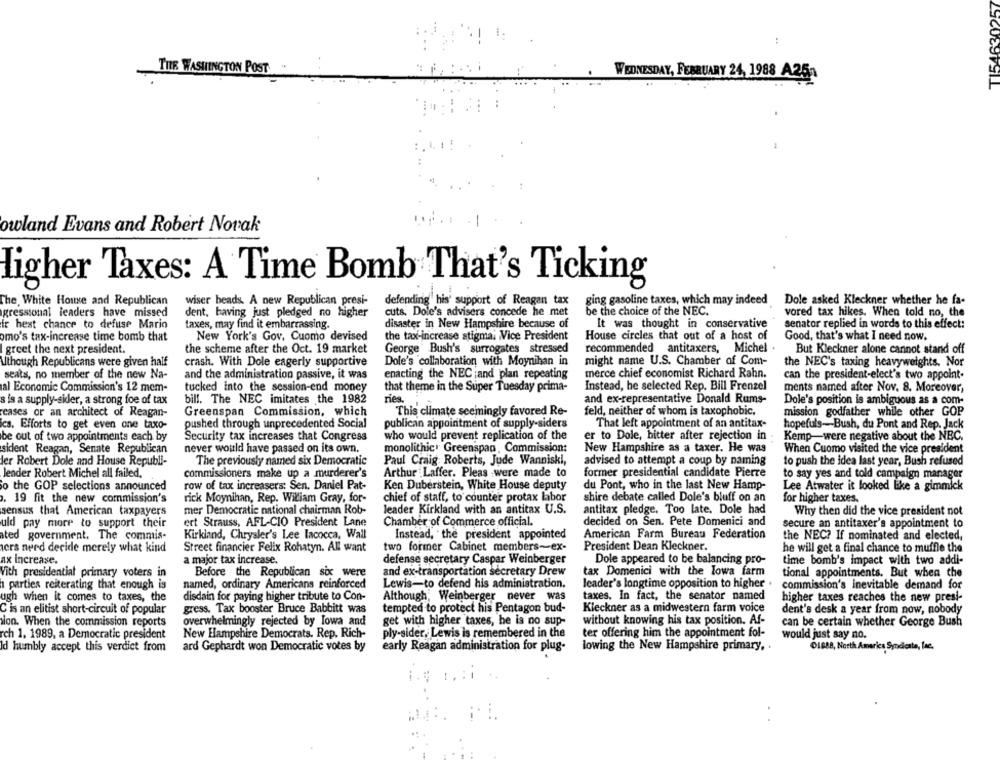
TI54630257
1:
:
THE WASHINGTON POST
WEDNESDAY, FEBRUARY 24, 1988 A25-
owland Evans and Robert Novak
Higher Taxes: A Time Bomb That's Ticking
The White House and Republican
wiser beads. A new Republican presi-
defending his' support of Reagan tax
ging gasoline taxes, which may indeed
Dole asked Kleckner whether he fa-
gressional leaders have missed
dent, having just pledged no higher
cuts. Dole's advisers concede he met
be the choice of the NEC.
vored tax hikes. When told no, the
fr hest chance to defuse Marin
taxes, may find it embarrassing.
disaster in New Hampshire because of
It was thought in conservative
senator replied in words to this effect:
omo's tax-increase time bomb that
New York's Gov. Cuomo devised
the tax-increase stigma. Vice President
House circles that out of a host of
Good, that's what I need now.
I greet the next president.
the scheme after the Oct. 19 market
George Bush's surrogates stressed
recommended antitaxers, Michel
But Kleckner alone cannot stand off
Ithough Republicans were given half
crash. With Dole eagerly supportive
Dole's collaboration with Moynihan in
might name U.S. Chamber of Com-
the NEC's taxing heavyweights. Nor
seats, no member of the new Na-
and the administration passive, it was
merce chief economist Richard Rahn.
can the president-elect's two appoint.
enacting the NEC ;and plan repeating
al Economic Commission's 12 mem-
tucked into the session-end money
that theme in the Super Tuesday prima-
Instead, he selected Rep. Bill Frenzel
ments named after Nov. 8. Moreover,
ries.
s is a supply-sider, a strong foe of tax
bill. The NEC imitates the 1982
and ex-representative Donald Rums-
Dole's position is ambiguous as a com-
cases or an architect of Reagan-
Greenspan Commission, which
This climate seemingly favored Re-
feld, neither of whom is taxophobic,
mission godfather while other GOP
ics. Efforts to get even one taxo-
pushed through unprecedented Social
publican appointment of supply-siders
That left appointment of an antitax-
hopefuls-Bush, du Pont and Rep. Jack
who would prevent replication of the
Kemp-were negative about the NEC.
be out of two appointments each by
Security tax increases that Congress
er to Dole, bitter after rejection in
sident Reagan, Senate Republican
never would have passed on its own.
monolithic Greenspan , Commission:
New Hampshire as a taxer. He was
When Cuomo visited the vice president
Jer Robert Dole and House Republi-
The previously named six Democratic
Paul Craig Roberts, Jude Wanniski,
advised to attempt a coup by naming
to push the idea last year, Bush refused
commissioners make up a murderer's
Arthur Laffer. Pleas were made to
former presidential candidate Pierre
to say yes and told campaign manager
Jender Robert Michel all failed.
o the GOP selections announced
row of tax increasers: Sen, Daniel Pat-
Ken Duberstein, White House deputy
du Pont, who in the last New Hamp-
Lee Atwater it looked like a gimmick
, 19 fit the new commission's
rick Moynihan, Rep. William Gray, for-
chief of staff, to counter protax labor
shire debate called Dole's bluff on an
for higher taxes.
sensus that American taxpayers
mer Democratic national chairman Rob-
leader Kirkland with an antitax U.S.
antitax pledge, Too late. Dole had
Why then did the vice president not
uld pay more to support their
ert Strauss, AFL-CIO President Lane
Chamber of Commerce official.
decided on Sen. Pete Domenici and
secure an antitaxer's appointment to
ated government. The commis-
Kirkland, Chrysler's Lee Iacocca, Wall
Instead, the president appointed
American Farm Bureau Federation
the NEC? If nominated and elected,
ers nerd decide merely what kind
Street financier Felix Rohatyn. All want
two former Cabinet members-ex-
President Dean Kleckner.
he will get a final chance to muffle the
ax increase.
a major tax increase.
defense secretary Caspar Weinberger
Dole appeared to be balancing pro-
time bomb's impact with two addi-
Vith presidential primary voters in
Before the Republican six were
and ex-transportation secretary Drew
tax Domenici with the lowa farm
tional appointments. But when the
parties reiterating that enough is
named, ordinary Americans reinforced
Lewis-to defend his administration.
leader's longtime opposition to higher .
commission's inevitable demand for
Although, Weinberger never was
taxes. In fact, the senator named
ugh when it comes to taxes, the
disdain for paying higher tribute to Con-
higher taxes reaches the new presi-
C is an elitist short-circuit of popular
gress. Tax booster Bruce Babbitt was
tempted to protect his Pentagon bud-
Kieckner as a midwestern farm voice
dent's desk a year from now, nobody
lon. When the commission reports
overwhelmingly rejected by Iowa and
get with higher taxes, he is no sup-
without knowing his tax position. Af-
can be certain whether George Bush
rch 1, 1989, a Democratic president
New Hampshire Democrats. Rep. Rich-
ply-sider, Lewis is remembered in the
ter offering him the appointment fol-
would just say no.
Id humbly accept this verdict from
ard Gephardt won Democratic votes by
early Reagan administration for plug-
lowing the New Hampshire primary,
DI888, North America Syndicate, lac.